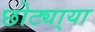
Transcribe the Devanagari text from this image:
छोट्या्या